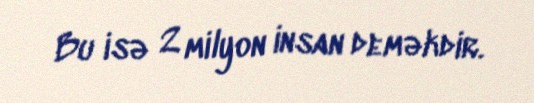
Bu isə 2 milyon insan deməkdir.